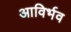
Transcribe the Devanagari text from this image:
आविर्भव